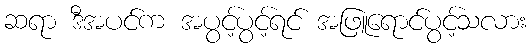
ဆရာ ဒီအပင်က အပွင့်ပွင့်ရင် အဖြူရောင်ပွင့်သလား